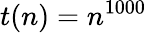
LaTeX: t(n)=n^{1000}